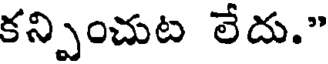
కన్పించుట లేదు."